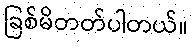
ခြစ်မိတတ်ပါတယ်။